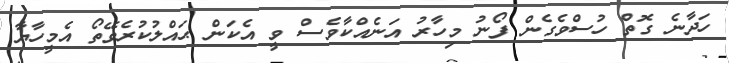
ހަދާނެ ގޮތް ހުސްވެގެން ފޯނު މިހާރު އަނެއްކާވެސް ވީ އެކަން ޙައްލުކުރެވޭތޯ އެމީހާޔާ